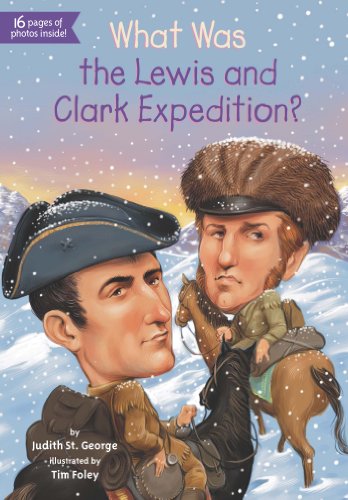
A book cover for What Was the Lewis and Clark Expedition?; Judith St. George; Children's Books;